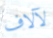
لآلاف